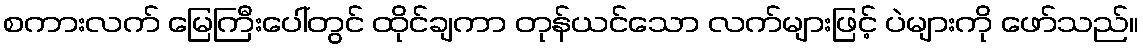
စကားလက် မြေကြီးပေါ်တွင် ထိုင်ချကာ တုန်ယင်သော လက်များဖြင့် ပဲများကို ဖော်သည်။